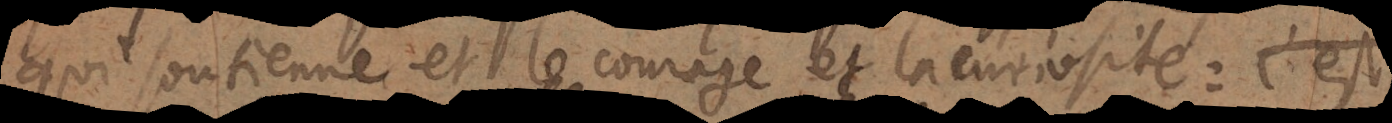
ui soutienne et le courage et la curiosité: c’est